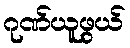
ဂုဏ်ယူဖွယ်